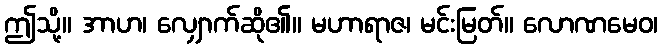
ဤသို့။ အာဟ၊ လျှောက်ဆို၏။ မဟာရာဇ၊ မင်းမြတ်။ လောဏမေဝ၊